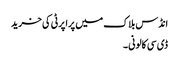
انڈس بلاک میں پراپرٹی کی خرید
ڈی سی کالونی ۔